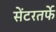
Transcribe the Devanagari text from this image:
सेंटरतर्फे